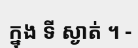
ក្នុង ទី ស្ងាត់ ។ -